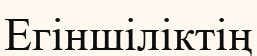
Егіншіліктің